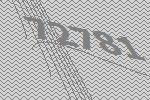
72781